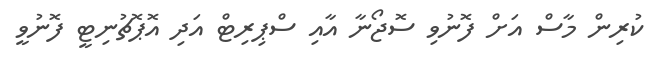
ކުރިން މާސް އަށް ފޮނުވި ސޮޖޯނާ އާއި ސްޕިރިޓް އަދި އޮޕޮޗުނިޓީ ފޮނުވީ